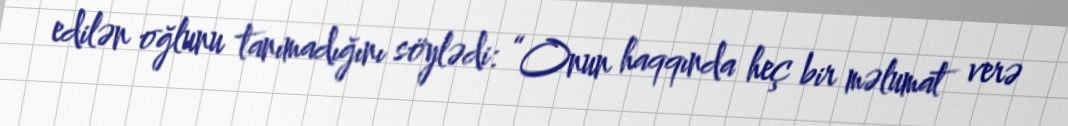
edilən oğlunu tanımadığını söylədi: “Onun haqqında heç bir məlumat verə